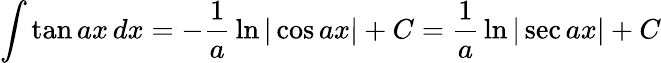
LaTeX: \int\tan ax\, dx=-{\frac{1}{a}}\ln|\cos ax|+C={\frac{1}{a}}\ln|\sec ax|+C